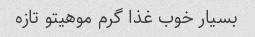
بسیار خوب غذا گرم موهیتو تازه